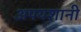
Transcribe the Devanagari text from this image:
अपयशानी